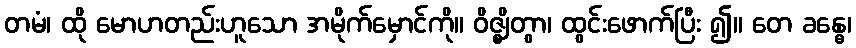
တမံ၊ ထို မောဟတည်းဟူသော အမိုက်မှောင်ကို။ ဝိဇ္ဈိတွာ၊ ထွင်းဖောက်ပြီး ၍။ တေ ခန္ဓေ၊